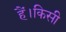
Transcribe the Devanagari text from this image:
हैं।किसी